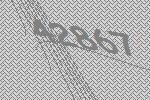
42867